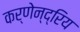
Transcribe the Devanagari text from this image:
कर्णेन्द्रिय